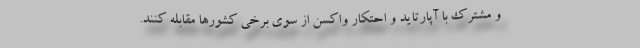
و مشترک با آپارتاید و احتکار واکسن از سوی برخی کشورها مقابله کنند.